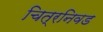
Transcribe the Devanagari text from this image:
चित्रनिवड